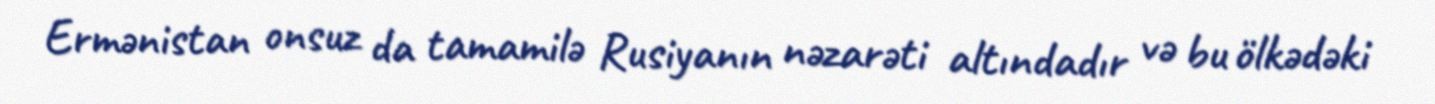
Ermənistan onsuz da tamamilə Rusiyanın nəzarəti altındadır və bu ölkədəki